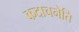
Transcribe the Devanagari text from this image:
कदाचनेति